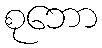
စုဘော